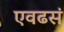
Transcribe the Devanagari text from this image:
एवढसं